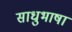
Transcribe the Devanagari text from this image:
साधुभाषा